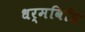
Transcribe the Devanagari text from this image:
धर्मविधि